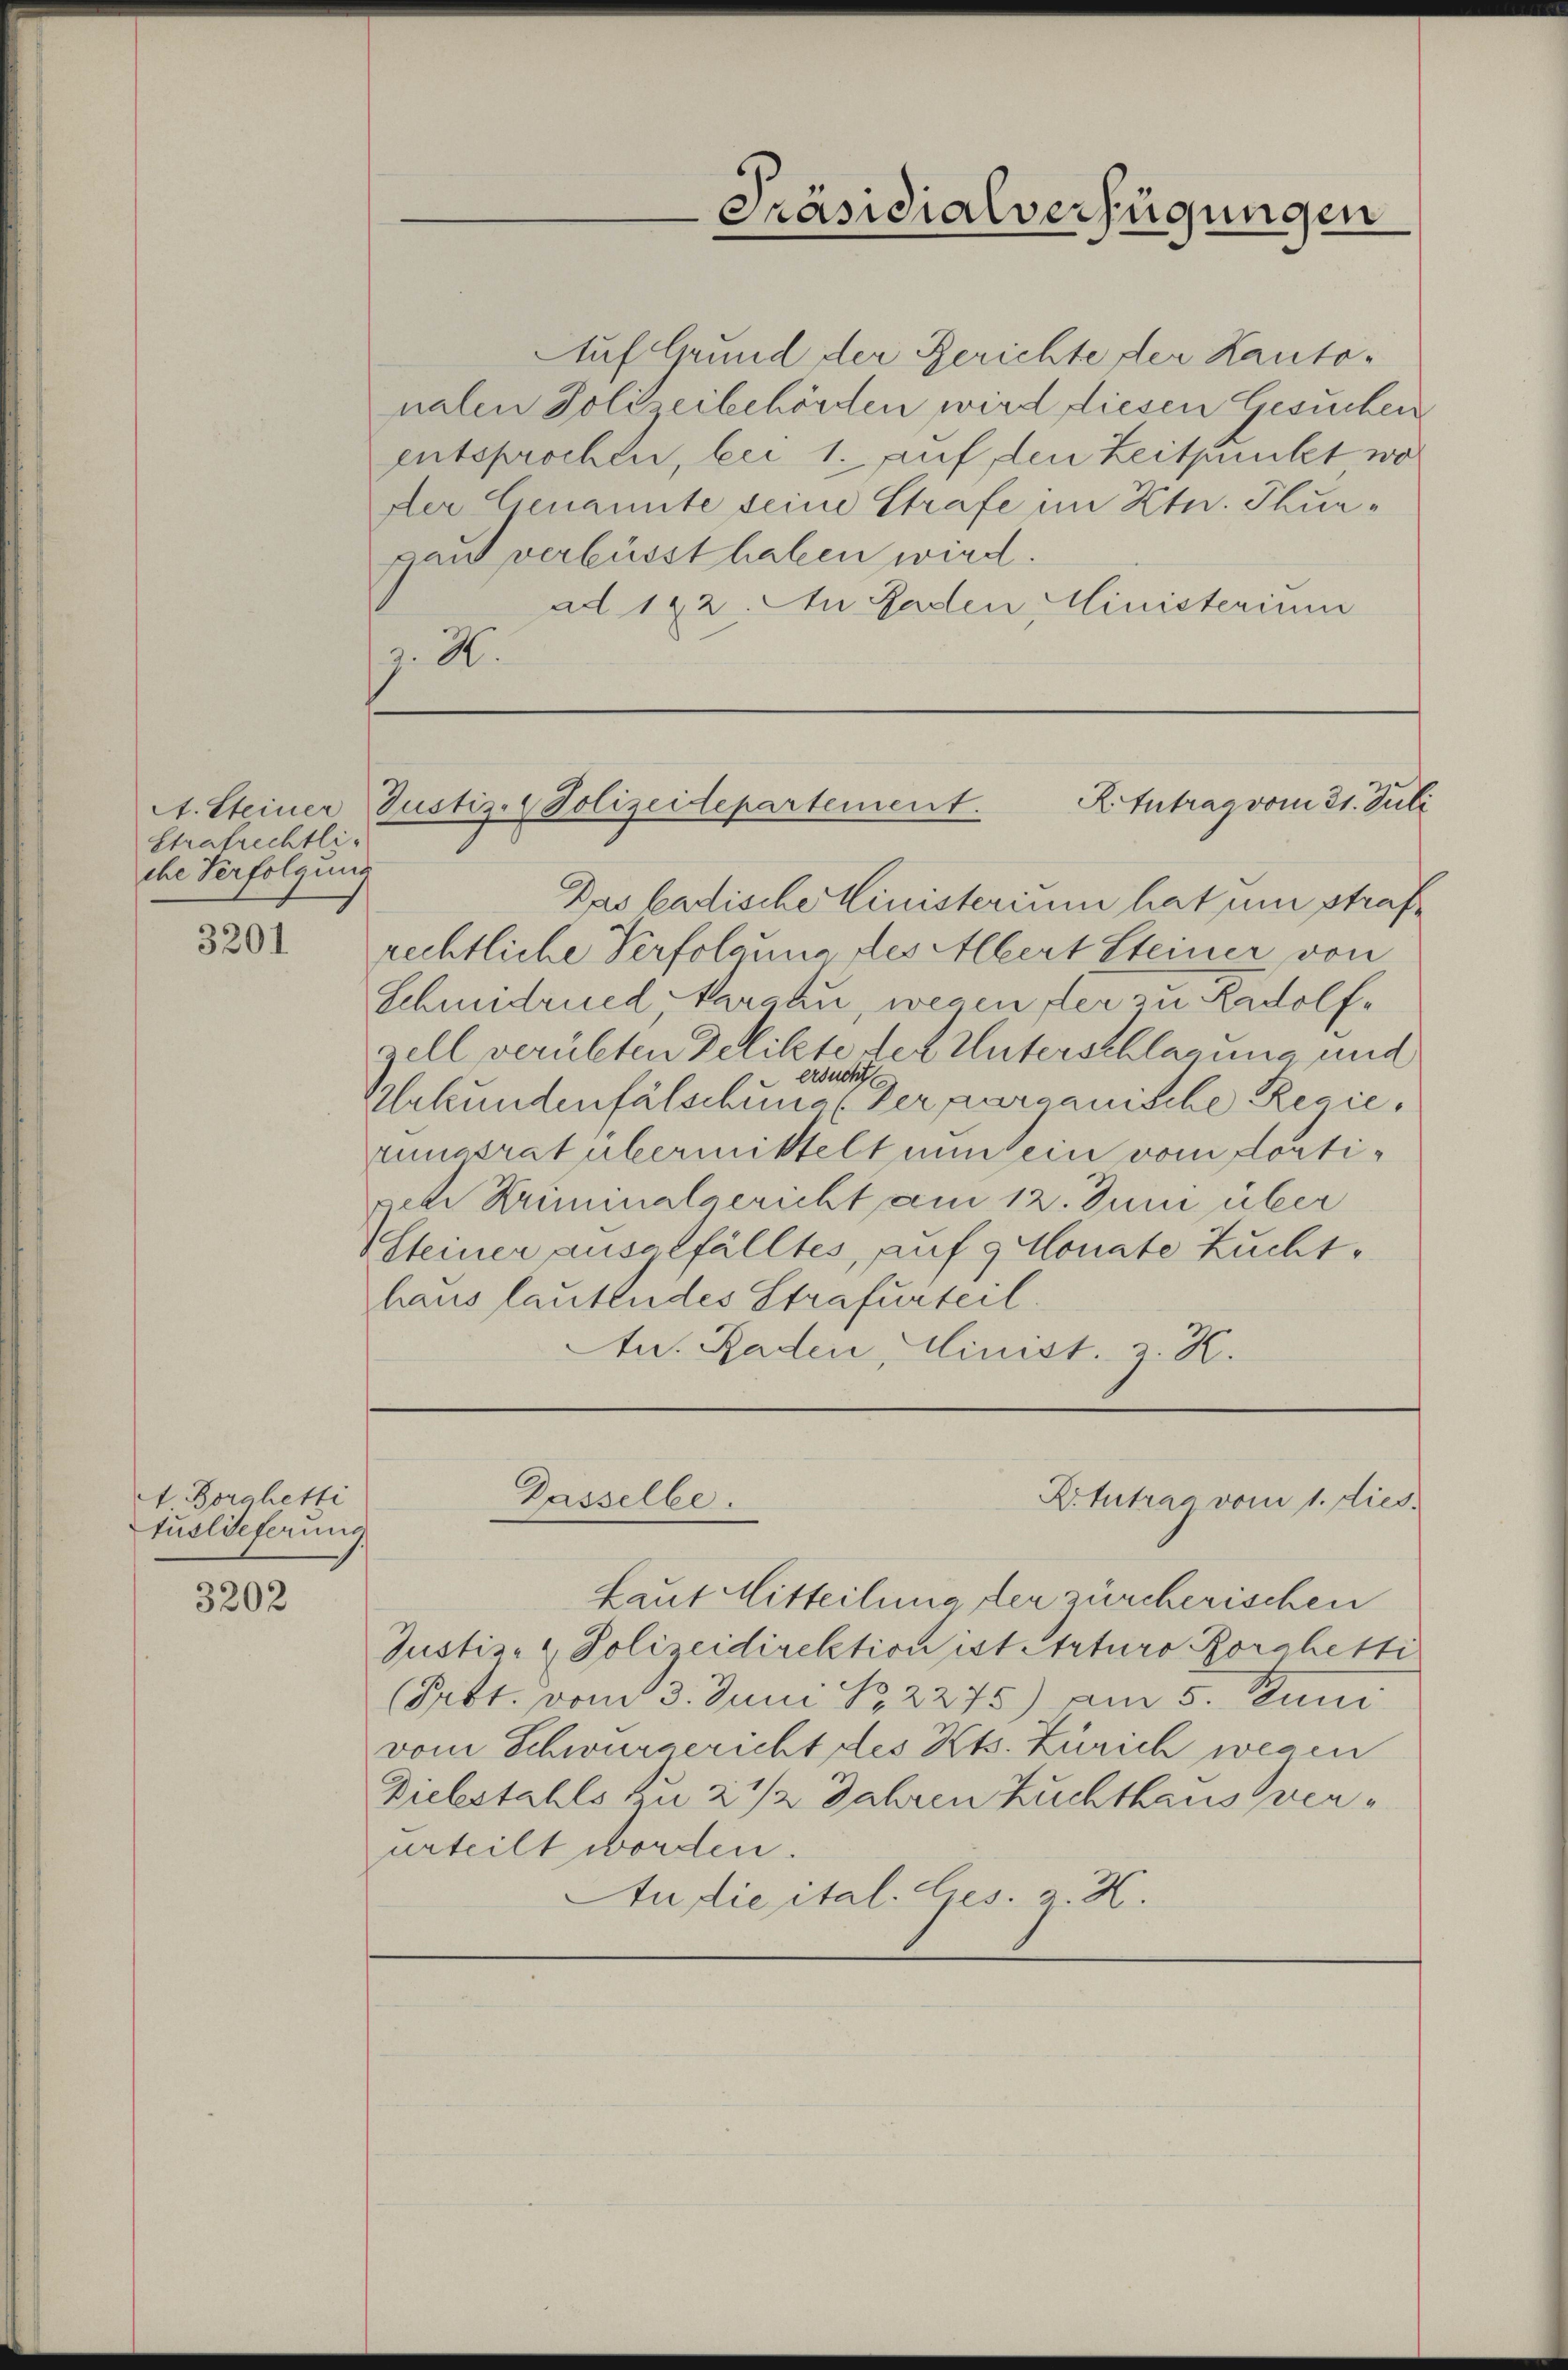
Strafrechtliche Verfolgung

3201

A. Borahetti
tuslieferung

3202

Präsidialverfügungen

Auf Grund der Gerichte der Kantonalen Polizeibehörden wird diesen Gesuchen
entsprochen, bei 1. auf, den Zeitpunkt, wo
Der Genannte seine Strafe im Ktn. Thurpant verbüsst haben wird.
ad 192. An Gaden Ministerium
g. A

A.Intrag vom 21. Juli
A. Steiner Justiz-Polizeidepartement.

Das badische Ministerium hat um strafrechtliche Verfolgung des Albert Steiner von
Schmidrued Marchu, wegen der zu Radolfsell verübten Delikte der Unterschlagung und
ersucht
e
Urkundenfälschung der parcanische Regierungsrat übermittelt nun sein vom dortigeh Kriminalgericht am 12. Juni über
Steiner ausalfälltes, auf 9 Monate Zuchthaus lautendes Strafurteil.
te. Baden, Minist. z. K.

Prbt. vom 3. Juni S. 2275) am 5. Juni
vom Schwurgericht des Kts. Zürich wegen
urteilt worden.

Laut Mitteilung der zürcherischen
Justiz- & Polizeidirektion ist Arturo Borchetti
Diebstahls zu 2 1/2 Jahren Zuchthaus ver¬
Audie ital. Ges. z. H.

Gasselbe.
Rotutrag vom 1. dies